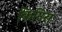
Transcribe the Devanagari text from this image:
किनिस